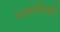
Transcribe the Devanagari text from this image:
भावगीतापर्यंत